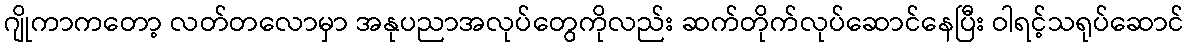
ဂျိုကာကတော့ လတ်တလောမှာ အနုပညာအလုပ်တွေကိုလည်း ဆက်တိုက်လုပ်ဆောင်နေပြီး ဝါရင့်သရုပ်ဆောင်